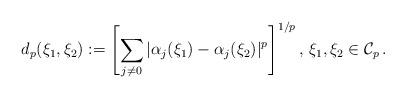
LaTeX: \begin{align*} d_p(\xi_1,\xi_2):=\left[\sum_{j\neq0}|\alpha_j(\xi_1)-\alpha_j(\xi_2)|^p\right]^{1/p},\,\xi_1,\xi_2\in\mathcal C_p\,.\end{align*}